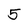
Character: 5